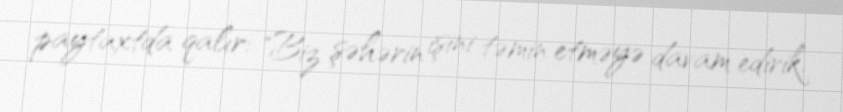
paytaxtda qalır: "Biz şəhərin işini təmin etməyə davam edirik.